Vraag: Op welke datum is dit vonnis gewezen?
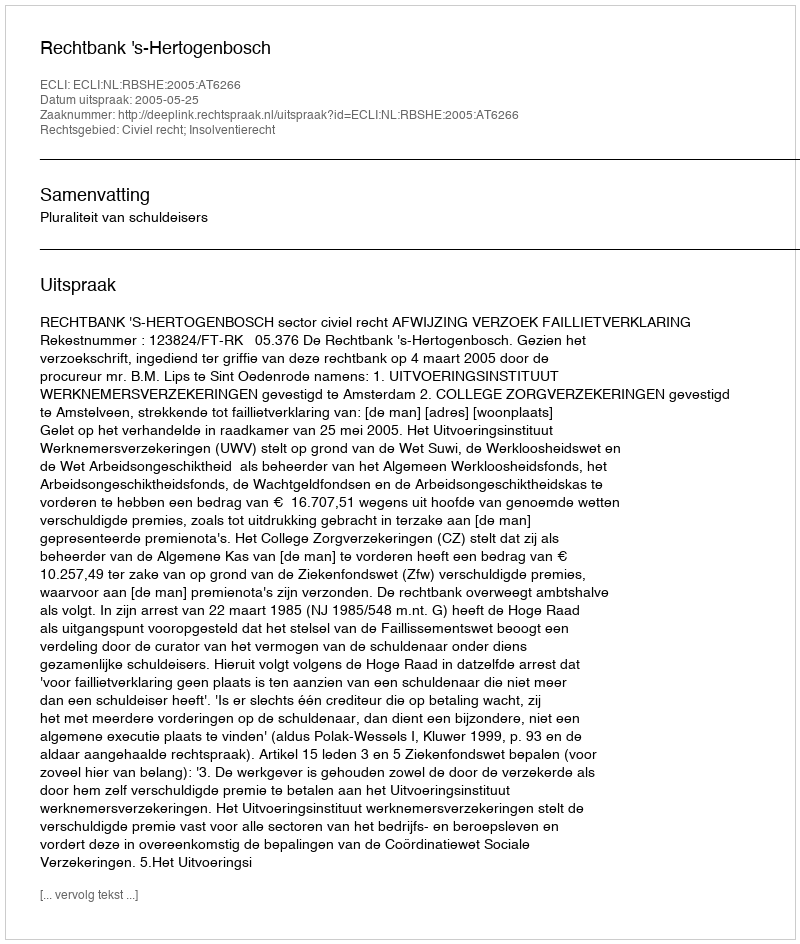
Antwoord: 2005-05-25